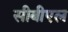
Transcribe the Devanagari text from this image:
सीबीएल